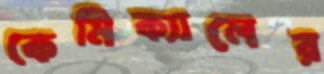
কেমিক্যালের